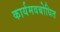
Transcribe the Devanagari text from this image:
कार्यमवबोधित